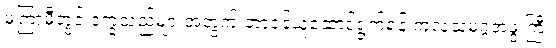
မကြာမီတွင် ဒုက္ခသည်များအတွက် တာဝန်ယူဆောင်ရွက်ရန် ကုလသမဂ္ဂအဖွဲ့ကြီး